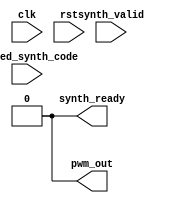
module sampler (
    input clk,
    input rst,
    input synth_valid,
    input [9:0] scaled_synth_code,
    output synth_ready,
    output pwm_out
);
    // Remove these lines once you have implemented this module
    assign synth_ready = 0;
    assign pwm_out = 0;
endmodule